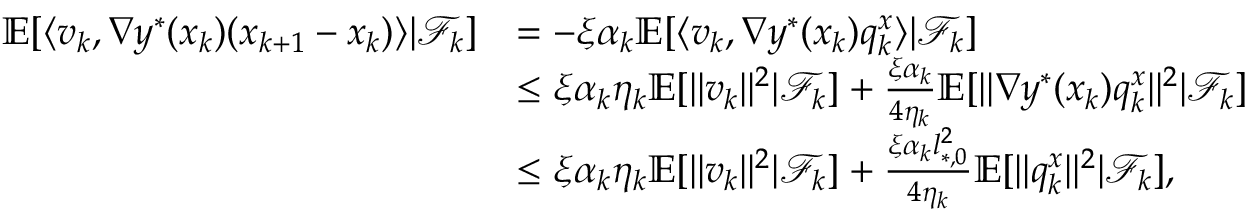
\begin{array} { r l } { \mathbb { E } [ \langle v _ { k } , \nabla y ^ { * } ( x _ { k } ) ( x _ { k + 1 } - x _ { k } ) \rangle | \mathcal { F } _ { k } ] } & { = - \xi \alpha _ { k } \mathbb { E } [ \langle v _ { k } , \nabla y ^ { * } ( x _ { k } ) q _ { k } ^ { x } \rangle | \mathcal { F } _ { k } ] } \\ & { \le \xi \alpha _ { k } \eta _ { k } \mathbb { E } [ \| v _ { k } \| ^ { 2 } | \mathcal { F } _ { k } ] + \frac { \xi \alpha _ { k } } { 4 \eta _ { k } } \mathbb { E } [ \| \nabla y ^ { * } ( x _ { k } ) q _ { k } ^ { x } \| ^ { 2 } | \mathcal { F } _ { k } ] } \\ & { \le \xi \alpha _ { k } \eta _ { k } \mathbb { E } [ \| v _ { k } \| ^ { 2 } | \mathcal { F } _ { k } ] + \frac { \xi \alpha _ { k } l _ { * , 0 } ^ { 2 } } { 4 \eta _ { k } } \mathbb { E } [ \| q _ { k } ^ { x } \| ^ { 2 } | \mathcal { F } _ { k } ] , } \end{array}